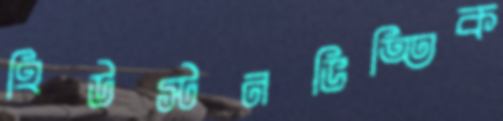
হিউস্টনভিত্তিক